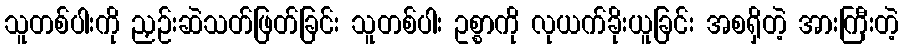
သူတစ်ပါးကို ညှဉ်းဆဲသတ်ဖြတ်ခြင်း သူတစ်ပါး ဥစ္စာကို လုယက်ခိုးယူခြင်း အစရှိတဲ့ အားကြီးတဲ့